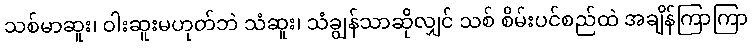
သစ်မာဆူး၊ ဝါးဆူးမဟုတ်ဘဲ သံဆူး၊ သံချွန်သာဆိုလျှင် သစ် စိမ်းပင်စည်ထဲ အချိန်ကြာကြာ